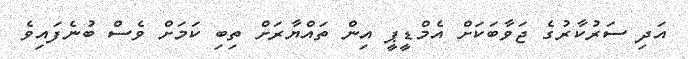
އަދި ސަރުކާރުގެ ޖަވާބަކަށް އެމްޑީޕީ އިން ތައްޔާރަށް ތިބި ކަމަށް ވެސް ބުނެފައިވެ